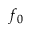
f _ { 0 }